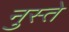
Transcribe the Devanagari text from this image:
नुस्ते